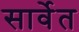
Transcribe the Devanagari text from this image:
सार्वेत